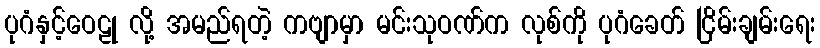
ပုဂံနှင့်ဝေဠု လို့ အမည်ရတဲ့ ကဗျာမှာ မင်းသုဝဏ်က လုစ်ကို ပုဂံခေတ် ငြိမ်းချမ်းရေး